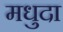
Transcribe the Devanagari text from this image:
मधुदा